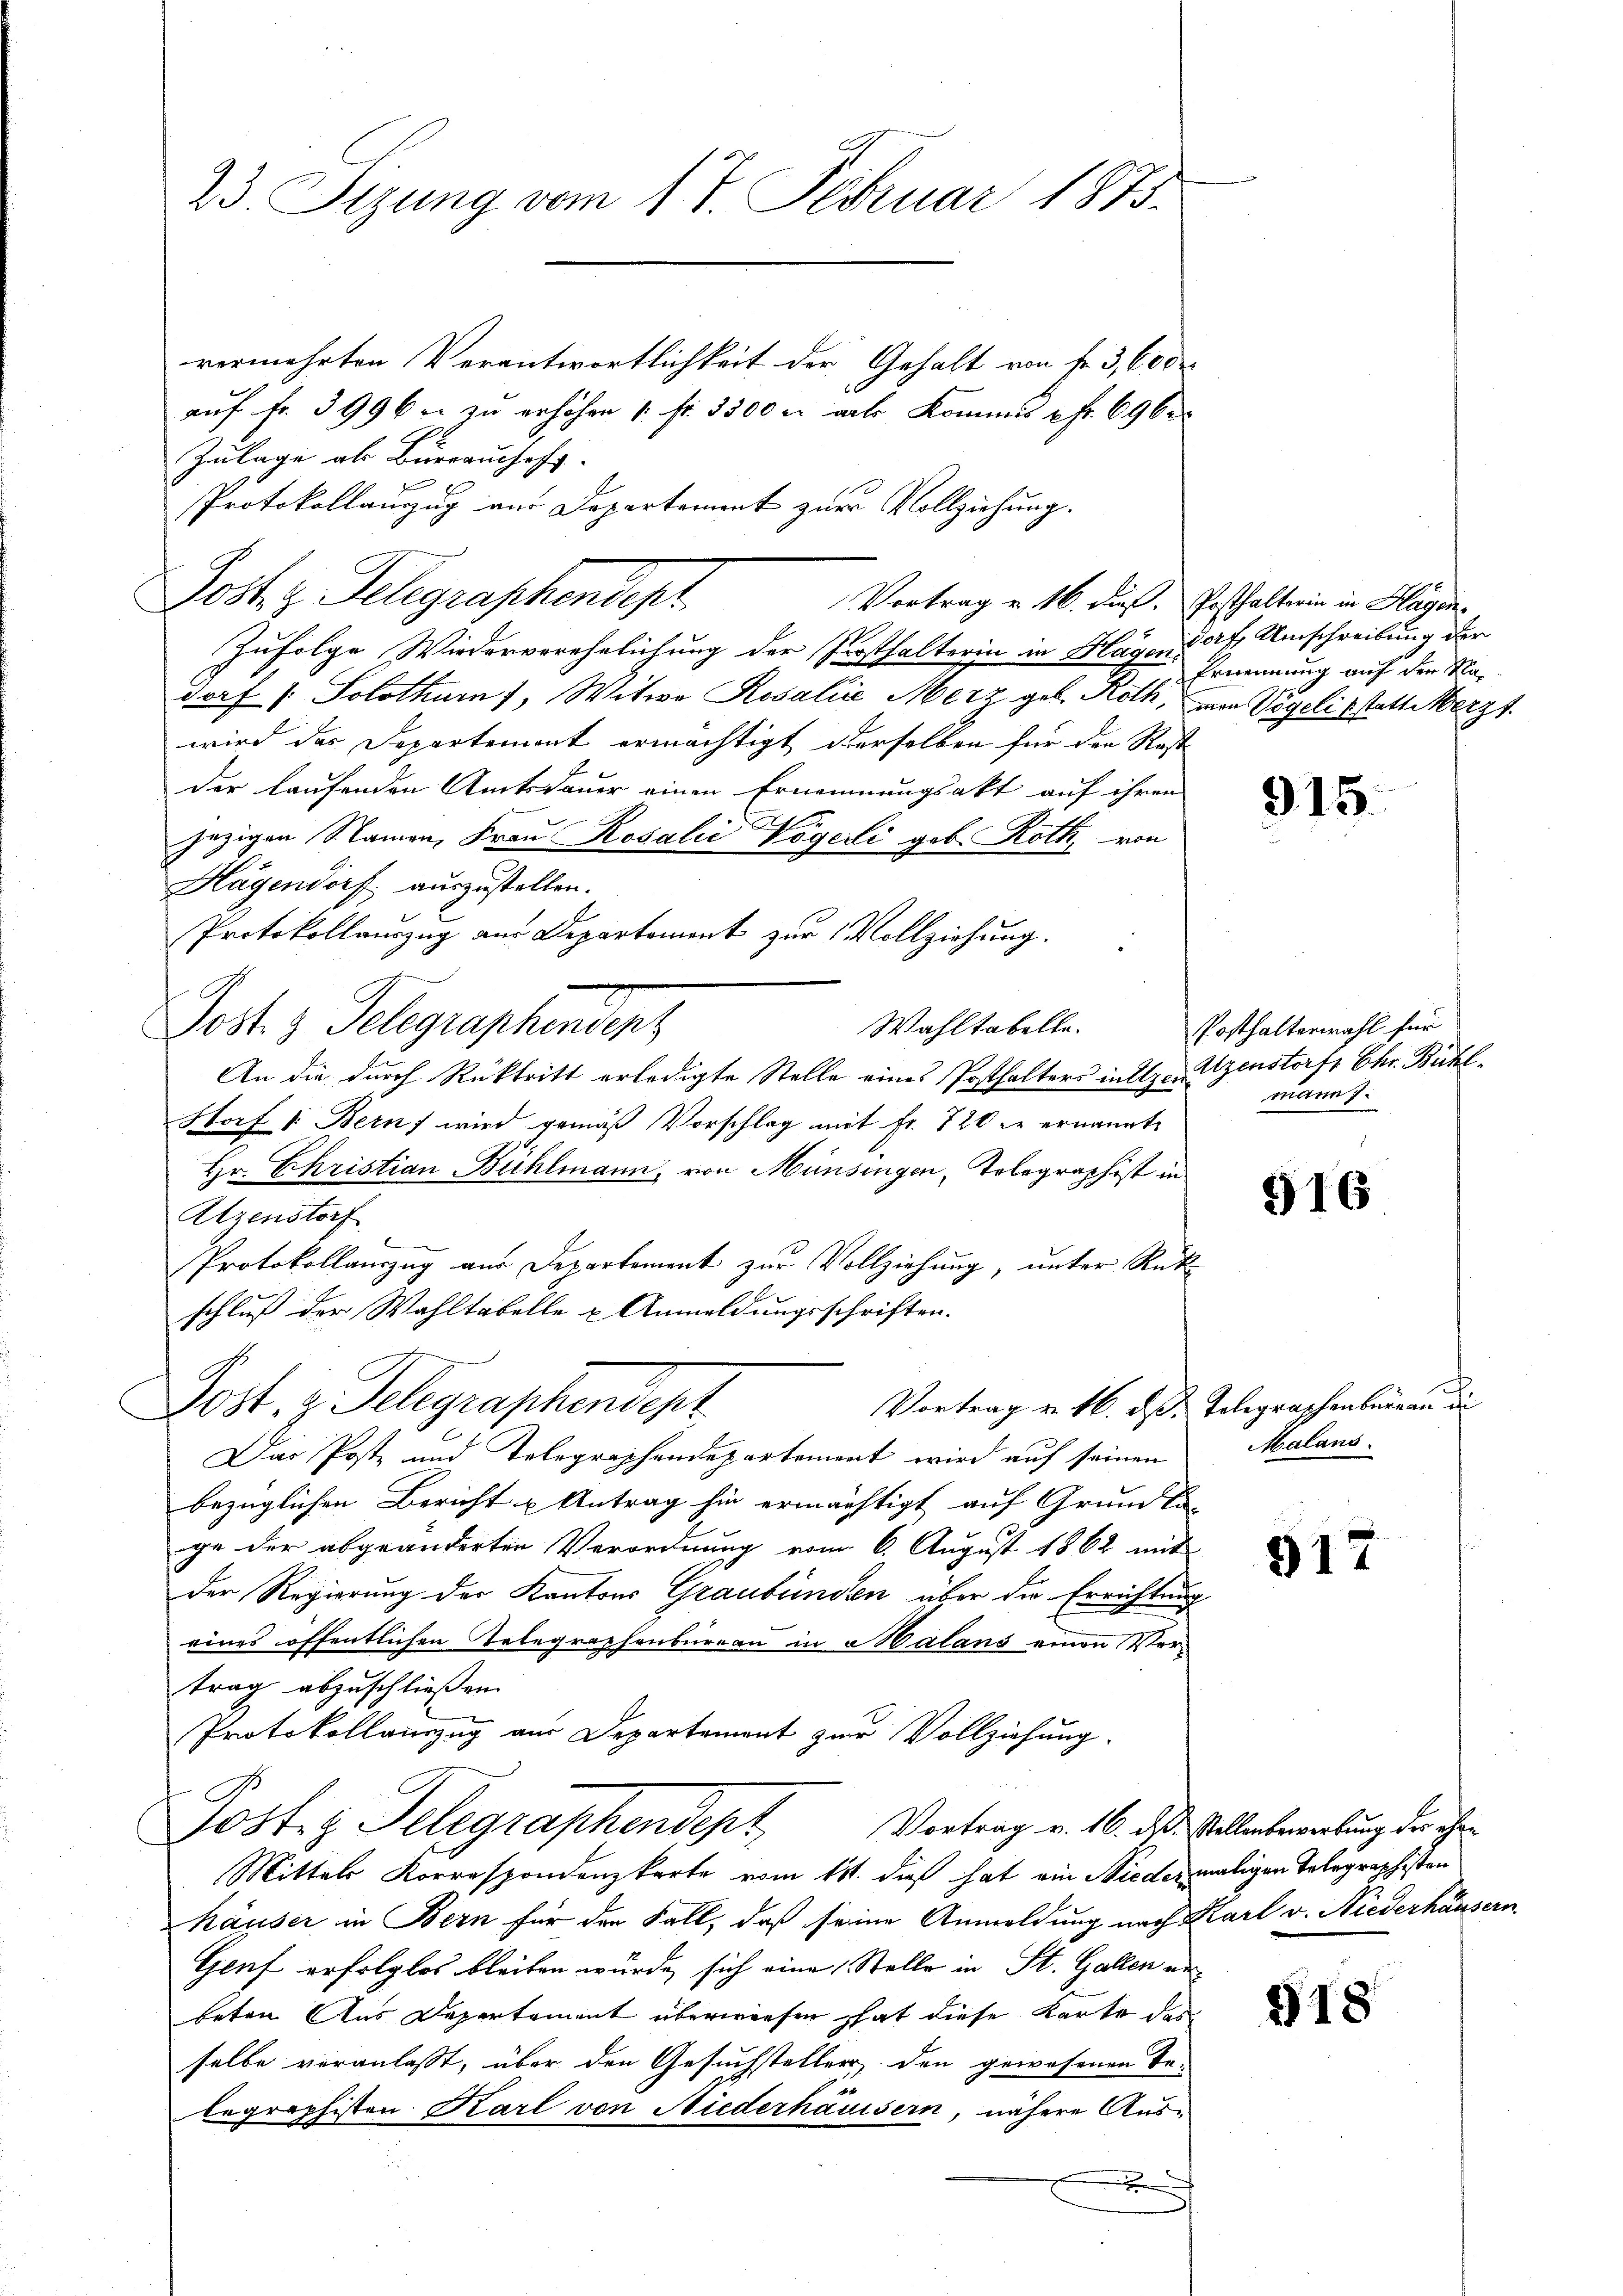
23. Sizung vom 17. Februar 1875.

vermehrten Verantwortlichkeit der Gehalt von fr. 3,600 r
aŭf fr. 3996 r. zu erhöhen 1 Fr. 3500 c. alle Kommis à Fr. 69 be
Zulage als Burrauches.
Protokollauszug aus Departement zur Vollziehung.
Zufolge Wiederverehelichung der Posthalterin in Hagendorf, Umschreibung der
dorf (: Solothurn, Witwe Rosalii Merz geb. Roth, von Vögeli hatte Merzt.
wird das Departemont ermächtigt derselben für den Rest
der laufenden Amtsdauer einen Ernennungsakt auf ihren
jezigen Namen, Frau Rosalić Vögerli geb. Roth, von
Hagendorf auszustellen.
Protokollauszug aus Departement zur Vollziehung.
Jost 3 Telegraphendent
Wahltabelle.
An die durch Rücktritt erledigte Stelle eines Posthalters initzen Szenstorf, Chr. Bühl
Storf 1. Bern wird gemäß Vorschlag mit Fr. 720 f ernannte
Hr. Christian Bühlmann, von Münsingen, Tolographist in
Atzenstorf
Protokollauszug aus Departement zur Vollziehung, unter Rükschluß der Wahltabelle u Anmeldungsschriften.
Post. z. Telegraphendepr
Vortrag v. 16. ds. Telegraphenbergau in
Das Poste und Telegraphendepartement wird auf seinen
bezüglichen Bericht u Antrag hin ermächtigt auf Grundla-
ge der abgeänderten Verordnung vom 6. August 1862 mit
der Regierung der Kantons Graubünden über die Errichtung
eines öffentlichen Telegraphenbureau in Malans einen Vertrag abzuschließen.
Protokollauszug aus Departemont zur Vollziehung.
Post z. Telegraphendept
Vortrag v. 16. ds. Stellenbewerbung der ehre
Mittels Korrespondenzkarte vom 11t. dieß hat ein Niedermaligen Telegraphisten
häuser in Bern für der Fall, daß seine Anmeldung nach Karl v. Niederhäusern
Genf erfolglos bleiben wurde, sich eine Stelle in St. Gallen an
beten Aus Departement überwiesen hat diese Karte des
selbe veranlasst, über den Gesuchsteller den gewesenen Te-
legraphisten Karl von Niederhausern, nähere Ausx

Post z. Telegraphendept.

Vortrag u. 16. dieß. Posthalterin in Hagen¬

Ernennung auf der Ma¬

915.

Posthalterwahl für
mann 7.

916

Malans

917

§18